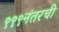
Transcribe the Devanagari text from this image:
९९९नंतरची